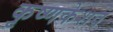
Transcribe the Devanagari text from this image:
कृष्णकेशव